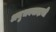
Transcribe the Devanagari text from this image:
अनुभववादाची